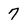
Character: 7